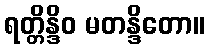
ရတ္တိန္ဒိဝ မတန္ဒိတော။